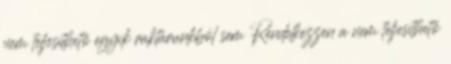
nem teljesíthető egyik raktárunkból sem Rendelkezzen a nem teljesíthető